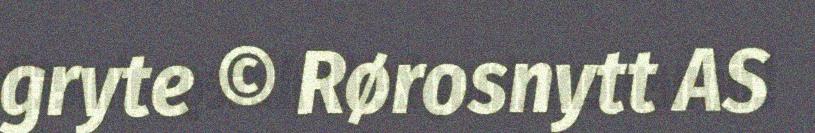
gryte © Rørosnytt AS